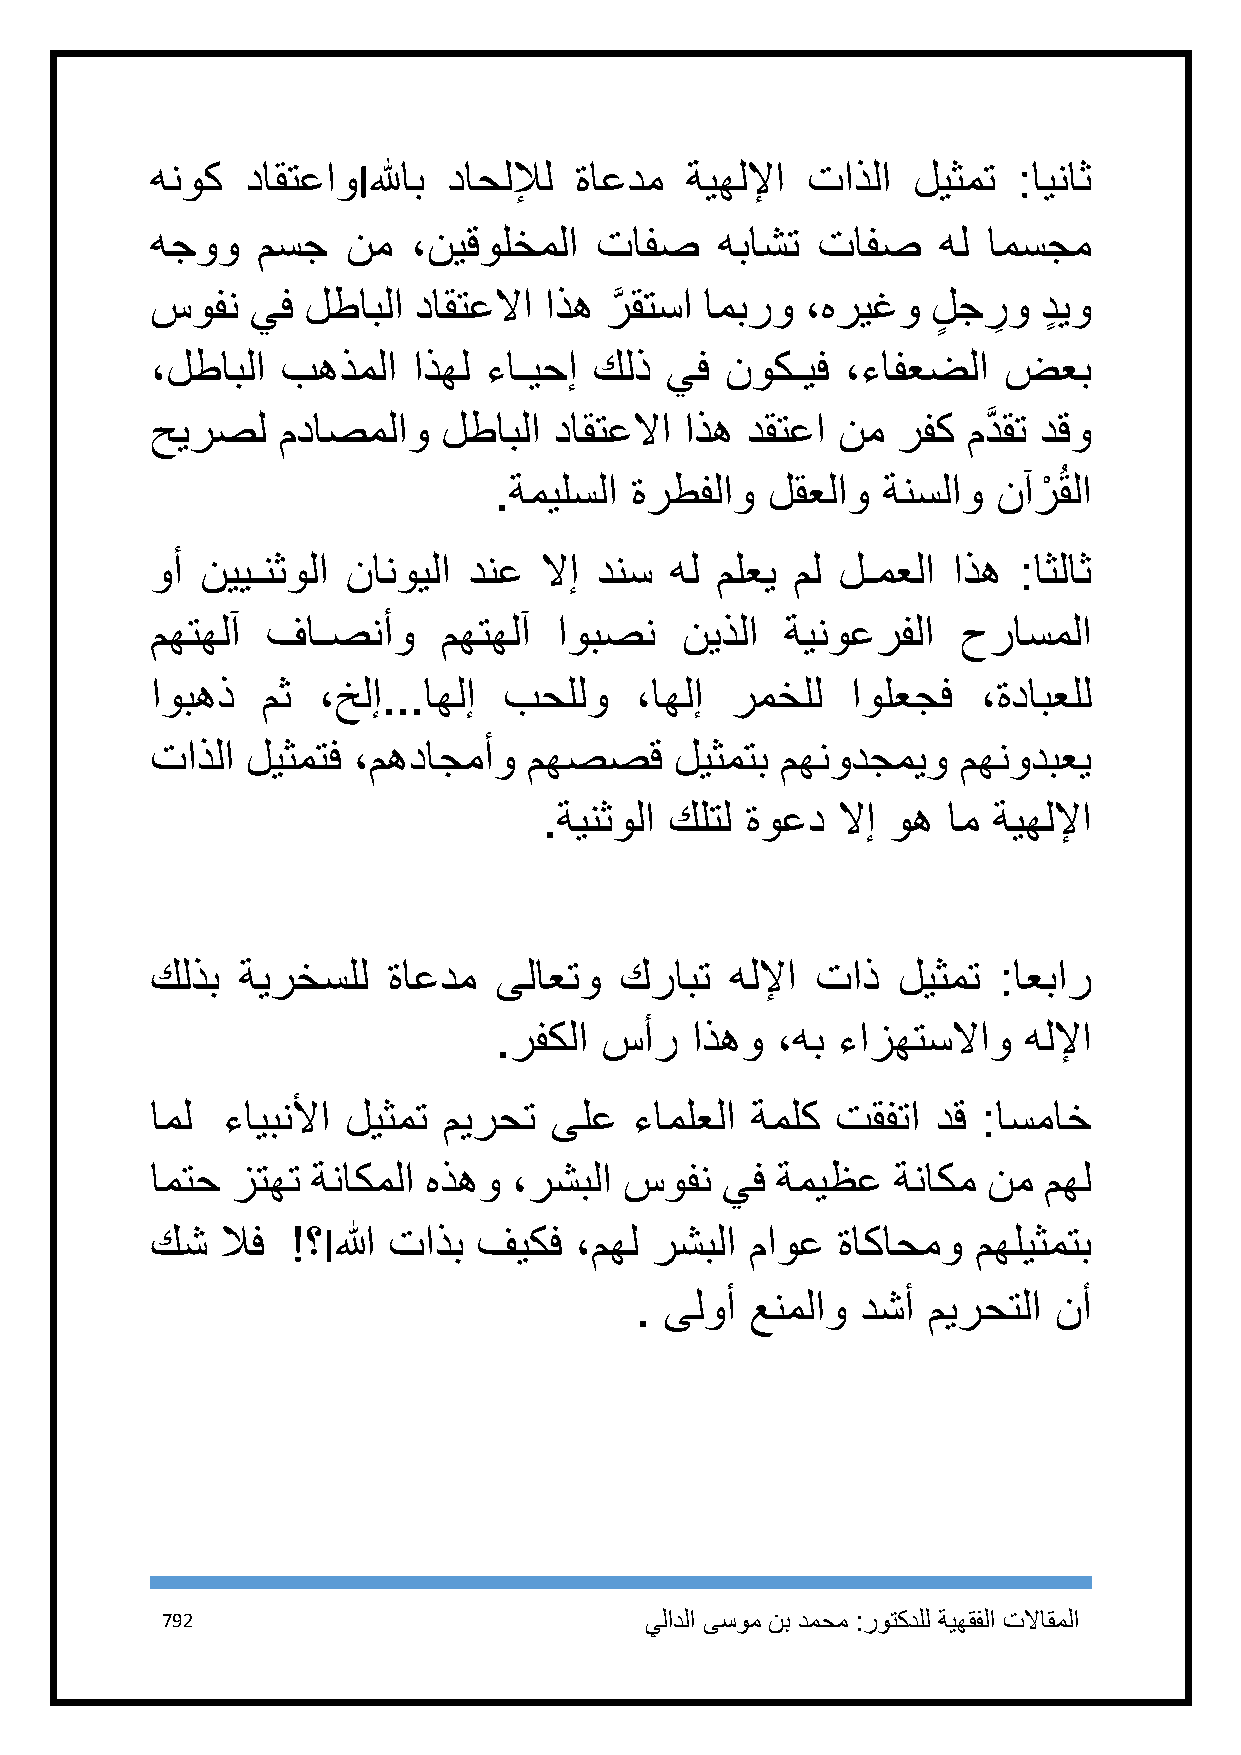
هنوك  داقتعاوIللهاب داحللإل ةاعدم  ةيهللإا تاذلا  ليثمت  :ايناث
 هجوو   مسج   نم  ،نيقولخملا  تافص    هباشت  تافص    هل امسجم
 سوفن   يف لطابلا داقتعلاا اذه رَّ قتسا امبرو ،هريغو لٍ جر
 ِ
 و دٍ يو
 ،لطابلا  بهذملا  اذهل ءاـيحإ كلذ  يف  نوكـيف  ،ءافعضلا  ضعب
 حيرصل   مداصملاو   لطابلا  داقتعلاا اذه دقتعا نم رفك  مدَّ قت دقو
 .ةميلسلا ةرطفلاو  لقعلاو ةنسلاو  نآرْ ُقلا
 وأ نييـنثولا نانويلا دنع  لاإ دنس هل ملعي  مل لـمعلا اذه :اثلاث
 مهتهلآ  فاـصنأو    مهتهلآ  اوبصن   نيذلا  ةينوعرفلا   حراسملا
 اوبهذ  مث  ،خلإ...اهلإ بحللو    ،اهلإ رمخلل   اولعجف   ،ةدابعلل
 تاذلا ليثمتف ،مهداجمأو   مهصصق     ليثمتب مهنودجميو   مهنودبعي
 .ةينثولا كلتل ةوعد لاإ وه  ام ةيهللإا
 كلذب  ةيرخسلل   ةاعدم  ىلاعتو  كرابت  هللإا تاذ  ليثمت  :اعبار
 .رفكلا سأر   اذهو ،هب ءازهتسلااو   هللإا
 امل  ءايبنلأا ليثمت ميرحت ىلع   ءاملعلا ةملك تقفتا  دق :اسماخ
 امتح زتهت  ةناكملا هذهو ،رشبلا سوفن   يف ةميظع   ةناكم نم  مهل
 كش   لاف !؟Iالله تاذب فيكف  ،مهل رشبلا  ماوع ةاكاحمو   مهليثمتب
 . ىلوأ  عنملاو دشأ ميرحتلا  نأ
 792                             يلادلا ىسوم نب دمحم :روتكدلل ةيهقفلا تلااقملا